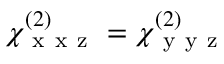
\chi _ { \mathrm { ~ x ~ x ~ z ~ } } ^ { ( 2 ) } = \chi _ { \mathrm { ~ y ~ y ~ z ~ } } ^ { ( 2 ) }